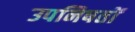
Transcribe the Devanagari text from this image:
उपनिषतों